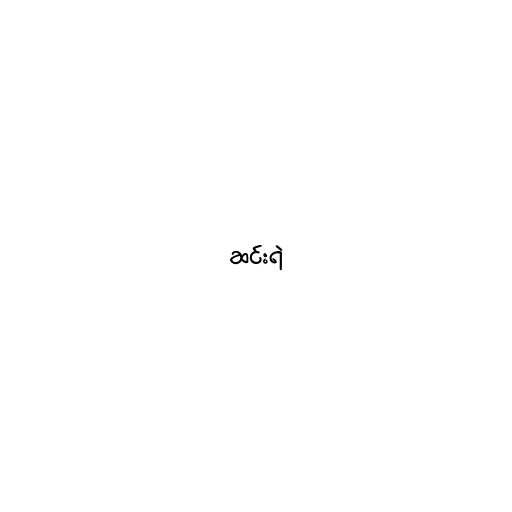
ဆင်းရဲ